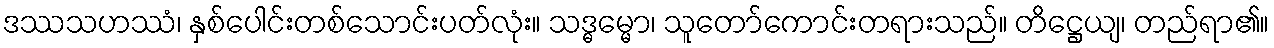
ဒဿသဟဿံ၊ နှစ်ပေါင်းတစ်သောင်းပတ်လုံး။ သဒ္ဓမ္မော၊ သူတော်ကောင်းတရားသည်။ တိဋ္ဌေယျ၊ တည်ရာ၏။